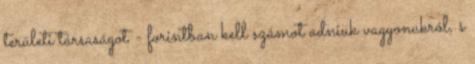
területi társaságot - forintban kell számot adniuk vagyonukról, s